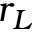
r _ { L }